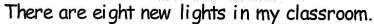
There are eight new lights in my classroom.